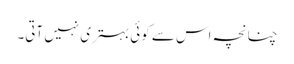
چنانچہ اس سے کوئی بہتری نہیں آتی۔